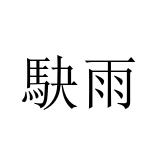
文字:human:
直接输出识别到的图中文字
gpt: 駃雨